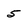
Character: 5